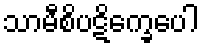
သာမီစိပဋိက္ခေပေါ